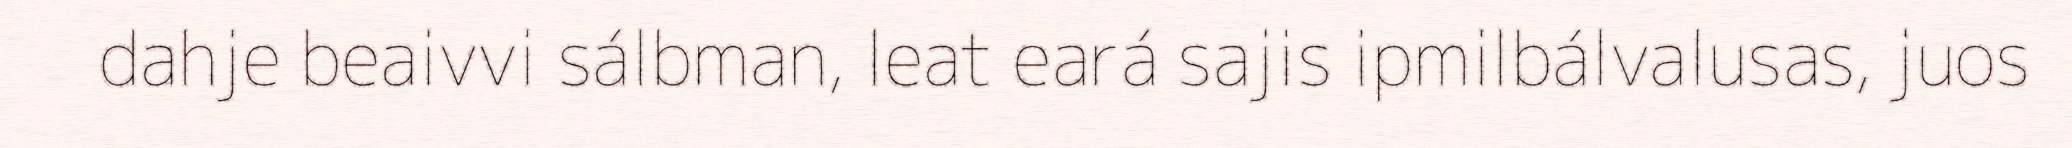
dahje beaivvi sálbman, leat eará sajis ipmilbálvalusas, juos